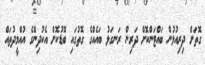
ގޮތަށް ދިރިއުޅުން ބައްޓަންކޮށް ދަރިން ރަނގަޅު ބައެއްގެ ގޮތުގައި ބޮޑުކޮށް އެކުދިންގެ އުއްމީދުތައް